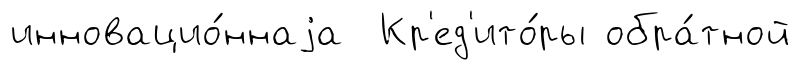
инновацио́ннаjа Кр'ед'ито́ры обра́тной